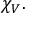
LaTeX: \chi _ { V } .